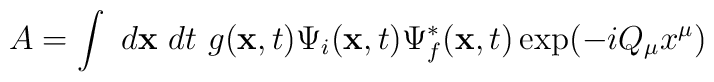
A =         \int~d{\bf x}~dt~ g({\bf x},t)         \Psi_i ({\bf x},t) \Psi_f^{*} ({\bf x}, t)         \exp(-i Q_{\mu} x^{\mu})